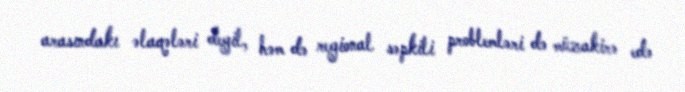
arasındakı əlaqələri deyil, həm də regional səpkili problemləri də müzakirə edə